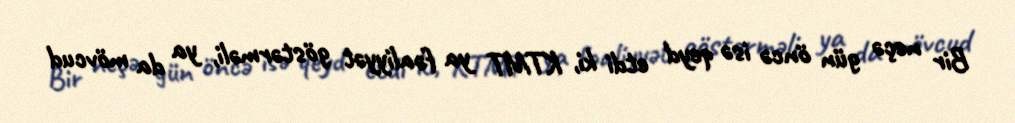
Bir neçə gün öncə isə qeyd etdi ki, KTMT ya fəaliyyət göstərməli, ya da mövcud